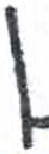
אות: ן